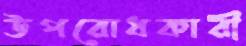
উপরোধকারী